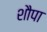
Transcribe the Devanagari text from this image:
शौपा